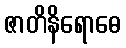
ဇာတိနိရောဓေ